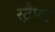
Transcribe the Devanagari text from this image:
स्ट्रैण्ड